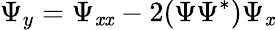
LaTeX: \Psi_{y}=\Psi_{\mathit{x}\mathit{x}}-2(\Psi\Psi^{*})\Psi_{\mathit{x}}